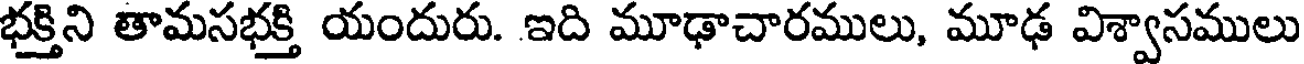
భక్తిని తామసభక్తి యందురు. ఇది మూఢాచారములు, మూఢ విశ్వాసములు